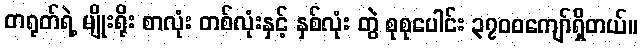
တရုတ်ရဲ့ မျိုးရိုး စာလုံး တစ်လုံးနှင့် နှစ်လုံး တွဲ စုစုပေါင်း ၃၇၀၀ကျော်ရှိတယ်။